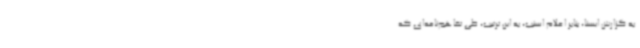
به گزارش ایسنا، بنابر اعلام اسنپ، به این ترتیب، طی تفاهم‌نامه‌ای که